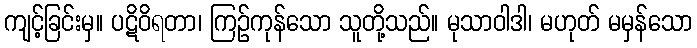
ကျင့်ခြင်းမှ။ ပဋိဝိရတာ၊ ကြဉ်ကုန်သော သူတို့သည်။ မုသာဝါဒါ၊ မဟုတ် မမှန်သော